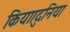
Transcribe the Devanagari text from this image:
किया।दुनिया